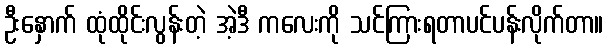
ဦးနှောက် ထုံထိုင်းလွန်းတဲ့ အဲ့ဒီ ကလေးကို သင်ကြားရတာပင်ပန်းလိုက်တာ။